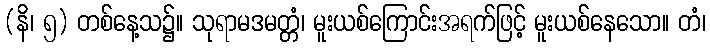
(နိ၊ ၅) တစ်နေ့သ၌။ သုရာမဒမတ္တံ၊ မူးယစ်ကြောင်းအရက်ဖြင့် မူးယစ်နေသော။ တံ၊